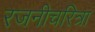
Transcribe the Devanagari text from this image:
रजनीचरित्रा